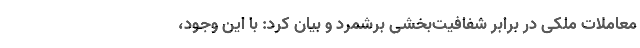
معاملات ملکی در برابر شفافیت‌بخشی برشمرد و بیان کرد: با این وجود،